Civil Veterinary Dept. Assam report 1911-1927 - 1911-1927
Year: 1911
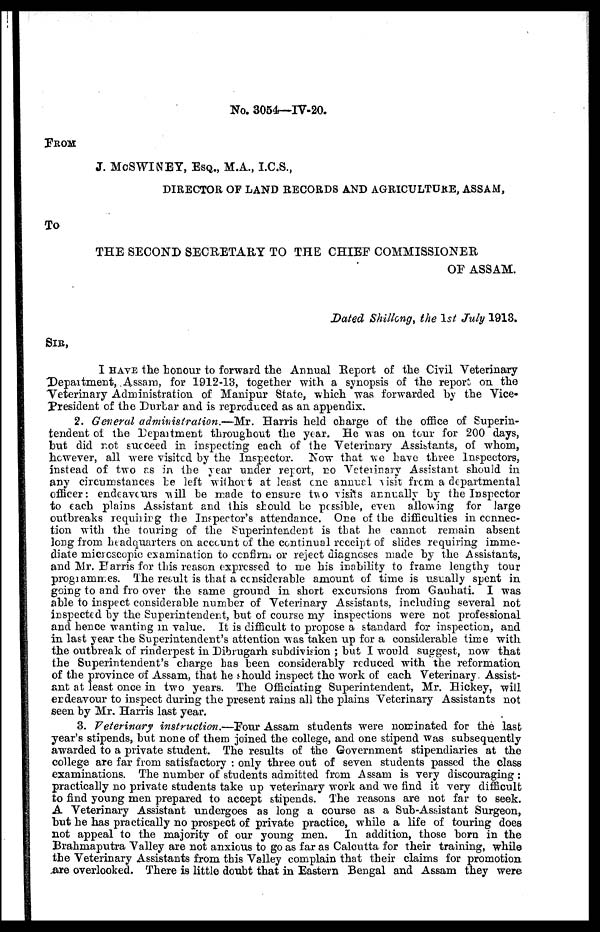
No. 3054—IV.20.
FROM
J. McSWINEY, ESQ., M.A., I.C.S.,
DIRECTOR OF LAND RECORDS AND AGRICULTURE, ASSAM,
To
THE SECOND SECRETARY TO THE CHIEF COMMISSIONER,
OF ASSAM,
Dated Shillong, the 1st July 1913.
SIB,
I HAVE the honour to forward the Annual Report of the Civil Veterinary
Department, Assam, for 1912-13, together with a synopsis of the report on the
Veterinary Administration of Manipur State, which was forwarded by the Vice-
President of the Durbar and is reproduced as an appendix.
2. General administration.—Mr. Harris held charge of the office of Superin-
tendent of the Department throughout the year. He was on tour for 200 days,
but did not succeed in inspecting each of the Veterinary Assistants, of whom,
however, all were visited by the Inspector. Now that we have three Inspectors,
instead of two as in the year under report, no Veterinary Assistant should in
any circumstances he left without at least one annual1 visit from a departmental
officer: endeavcurs will be made to ensure two visits annually by the Inspector
to each plains Assistant and this should be possible, even allowing for large
outbreaks requiring the Inspector's attendance. One of the difficulties in connec-
tion with the touring of the Superintendent is that he cannot remain absent
long from headquarters on account of the continual receipt of slides requiring imme-
diate microscopic examination to confirm or reject diagnoses made by the Assistants,
and Mr. Harris for this reason expressed to me his inability to frame lengthy tour
programmes. The result is that a considerable amount of time is usually spent in
going to and fro over the same ground in short excursions from Gauhati. I was
able to inspect considerable number of Veterinary Assistants, including several not
inspected by the Superintendent, but of course my inspections were not professional
and hence wanting m value. It is difficult to propose a standard for inspection, and
in last year the Superintendent's attention was taken up for a considerable time with
the outbreak of rinderpest in Dibrugarh subdivision ; but I would suggest, now that
the Superintendent's charge has been considerably reduced with the reformation
of the province of Assam, that he should inspect the work of each Veterinary. Assist-
ant at least once in two years. The Officiating Superintendent, Mr. Hickey, will
endeavour to inspect during the present rains all the plains Veterinary Assistants not
seen by Mr. Harris last year.
3. Veterinary instruction.—Pour Assam students were nominated for the last
year's stipends, but none of them joined the college, and one stipend was subsequently
awarded to a private student. The results of the Government stipendiaries at the
college are far from satisfactory : only three out of seven students passed the class
examinations. The number of students admitted from Assam is very discouraging:
practically no private students take up veterinary work and we find it very difficult
to find young men prepared to accept stipends. The reasons are not far to seek.
A Veterinary Assistant undergoes as long a course as a Sub-Assistant Surgeon,
but he has practically no prospect of private practice, while a life of touring does
not appeal to the majority of our young men. In addition, those born in the
Brahmaputra Valley are not anxious to go as far as Calcutta for their training, while
the Veterinary Assistants from this Valley complain that their claims for promotion
are overlooked. There is little doubt that in Eastern Bengal and Assam they were